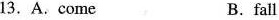
13. A.Come B. fall